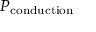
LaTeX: P _ { \mathrm { c o n d u c t i o n } }